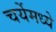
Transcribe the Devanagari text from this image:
चर्येमध्ये